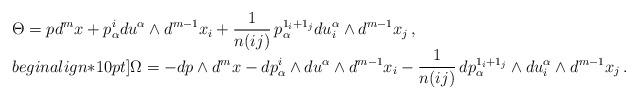
LaTeX: \begin{align*}\begin{array}{l}\displaystyle\Theta = pd^mx + p_\alpha^i d u^\alpha \wedge d^{m-1}x_i + \frac{1}{n(ij)} \, p_\alpha^{1_i+1_j} d u_i^\alpha \wedge d^{m-1}x_j \, , \\begin{align*}10pt]\displaystyle\Omega = - d p \wedge d^mx - d p_\alpha^i \wedge d u^\alpha \wedge d^{m-1}x_i - \frac{1}{n(ij)} \, d p_\alpha^{1_i+1_j} \wedge d u_i^\alpha \wedge d^{m-1}x_j \, .\end{array}\end{align*}